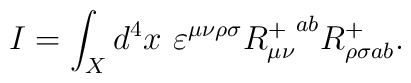
I=\int_{X}d^{4}x\ \varepsilon ^{\mu \nu \rho \sigma }{R_{\mu \nu }^{+}}^{ab}R_{\rho \sigma ab}^{+}.